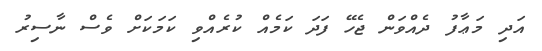
އަދި މަޢާފު ދެއްވަން ޖެހޭ ފަދަ ކަމެއް ކުރެއްވި ކަމަކަށް ވެސް ނާސިރު